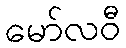
မော်လဝီ